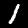
Digit: 1